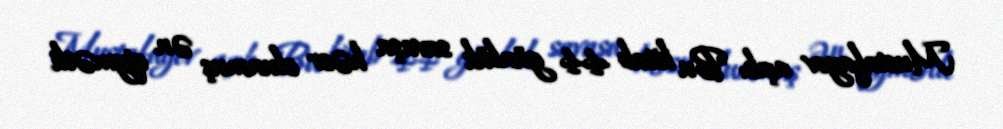
Mustafayev açıb: "Bu kitab 44 günlük savaşa həsr olunmuş ən qiymətli